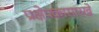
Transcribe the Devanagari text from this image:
प्रक्षेपकासारखे